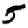
Digit: 5